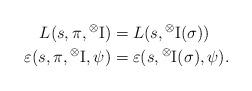
LaTeX: \begin{align*} L(s,\pi,{}^\otimes{\rm I}) &= L(s,{}^\otimes{\rm I}(\sigma)) \\ \varepsilon(s,\pi,{}^\otimes{\rm I},\psi) &= \varepsilon(s,{}^\otimes{\rm I}(\sigma),\psi).\end{align*}